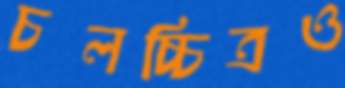
চলচ্চিত্রও